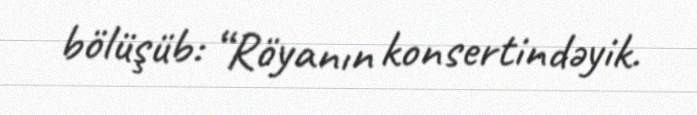
bölüşüb: “Röyanın konsertindəyik.